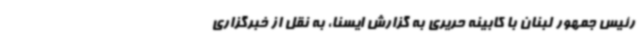
رئیس جمهور لبنان با کابینه حریری به گزارش ایسنا، به نقل از خبرگزاری